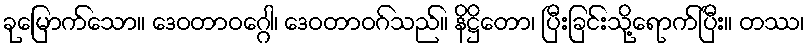
ခုမြောက်သော။ ဒေဝတာဝဂ္ဂေါ၊ ဒေဝတာဝဂ်သည်။ နိဋ္ဌိတော၊ ပြီးခြင်းသို့ရောက်ပြီး။ တဿ၊